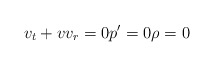
\begin{align*}v_{t}+vv_{r}=0{p}^{\prime}=0\rho=0 \end{align*}